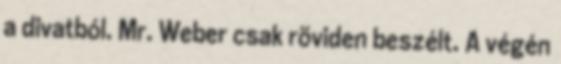
a divatból. Mr. Weber csak röviden beszélt. A végén